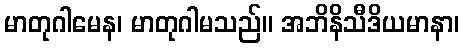
မာတုဂါမေန၊ မာတုဂါမသည်။ အဘိနိသီဒိယမာနာ၊